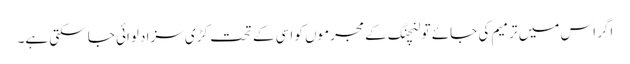
اگر اس میں ترمیم کی جائے تو لنچنگ کے مجرموں کو اسی کے تحت کڑی سزا دلوائی جا سکتی ہے۔